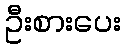
ဦးစားပေး